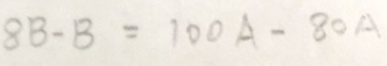
8 B - B = 1 0 0 A - 8 0 A